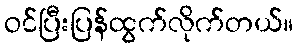
ဝင်ပြီးပြန်ထွက်လိုက်တယ်။